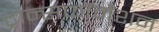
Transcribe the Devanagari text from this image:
ट्रान्सफॉर्मेशन